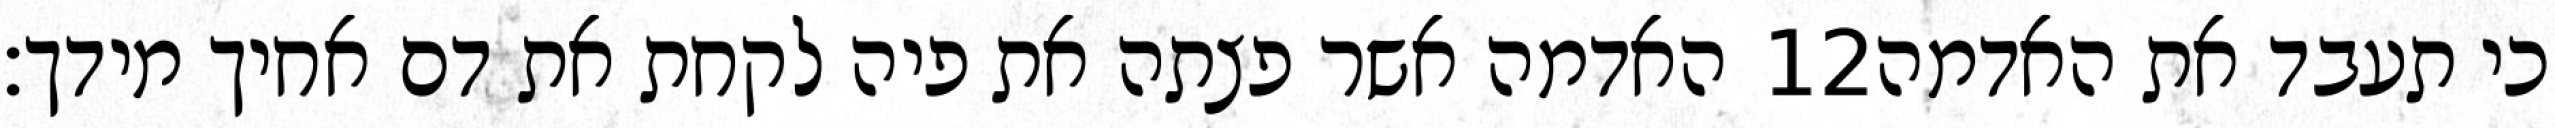
האדמה אשר פצתה את פיה לקחת את דם אחיך מידך׃ ‎12‏ כי תעבד את האדמה